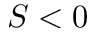
S < 0